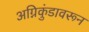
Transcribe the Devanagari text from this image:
अग्निकुंडावरून